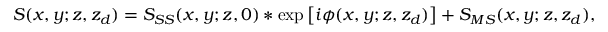
S ( x , y ; z , z _ { d } ) = S _ { S S } ( x , y ; z , 0 ) * \exp \left[ i \phi ( x , y ; z , z _ { d } ) \right] + S _ { M S } ( x , y ; z , z _ { d } ) ,